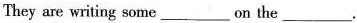
They are writing some___on the___.